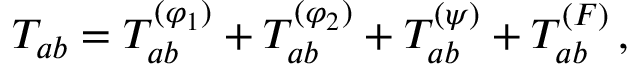
T _ { a b } = T _ { a b } ^ { ( \varphi _ { 1 } ) } + T _ { a b } ^ { ( \varphi _ { 2 } ) } + T _ { a b } ^ { ( \psi ) } + T _ { a b } ^ { ( F ) } \, ,